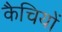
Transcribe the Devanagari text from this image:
कैचियों